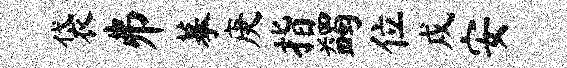
袋井摹庚指蠲位戍安